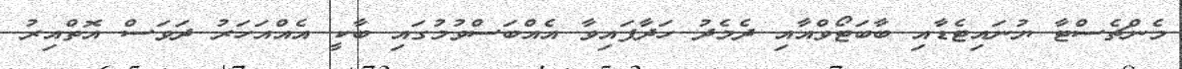
މެންޗެސްޓާ ޔުނައިޓެޑާއި ބާބަޓޯވްއާއި ދެމެދު ހަދާފައިވާ އެއްބަސްވުމުގައި ބާކީ އެއްއަހަރު ދަވަސް އޮތްއިރު